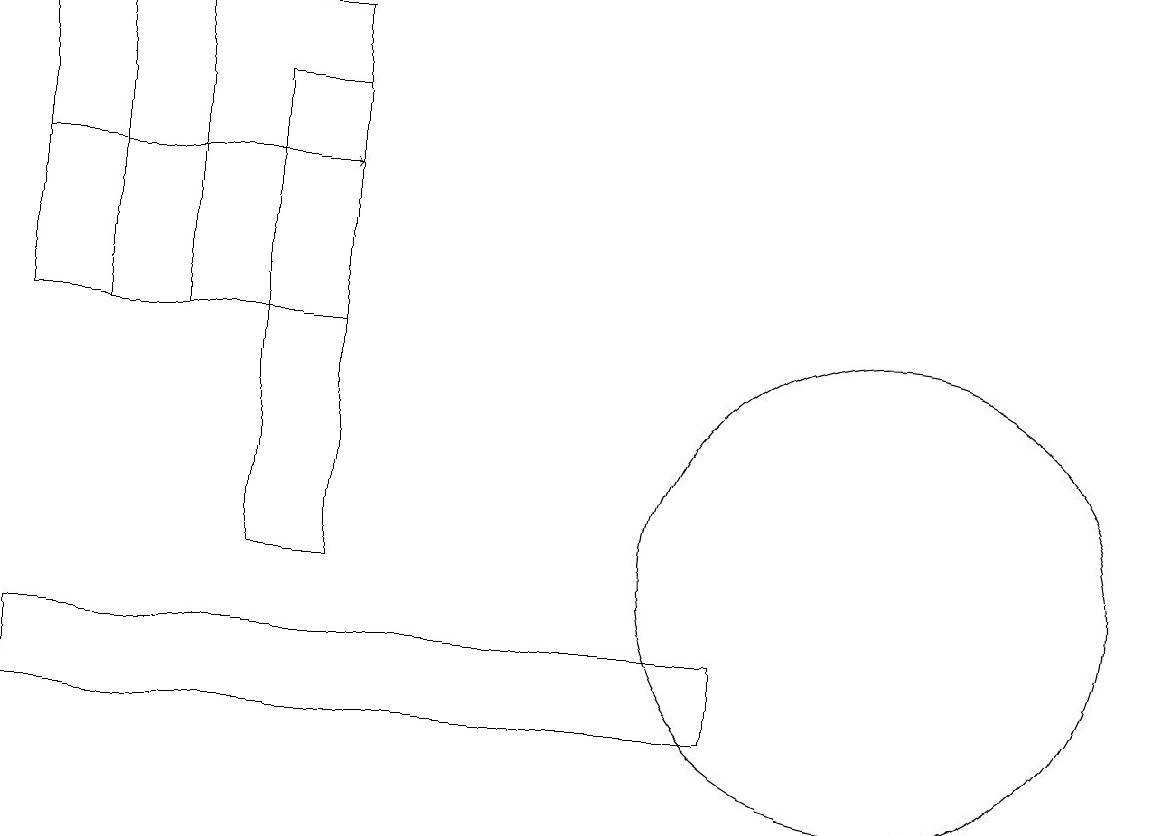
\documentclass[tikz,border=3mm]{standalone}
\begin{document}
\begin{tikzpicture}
\draw (0,15) rectangle (4,19);
\draw[->] (0,17) -- (4,17);
\draw (2,15) rectangle (1,19);
\draw (4,18) rectangle (3,12);
\draw (11,12) circle (3);
\draw (0,10) rectangle (9,11);
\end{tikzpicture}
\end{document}